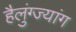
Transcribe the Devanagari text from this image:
हैलुंग्ज्यांग